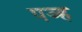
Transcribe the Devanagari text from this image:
पञ्ह